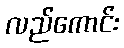
လည်ကောင်း